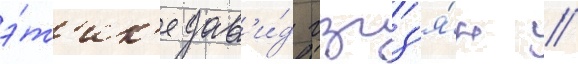
э́т'ик'е дав'и́д гзгз'я́н /